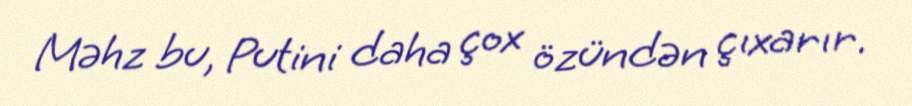
Məhz bu, Putini daha çox özündən çıxarır.